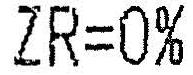
ZR=0%